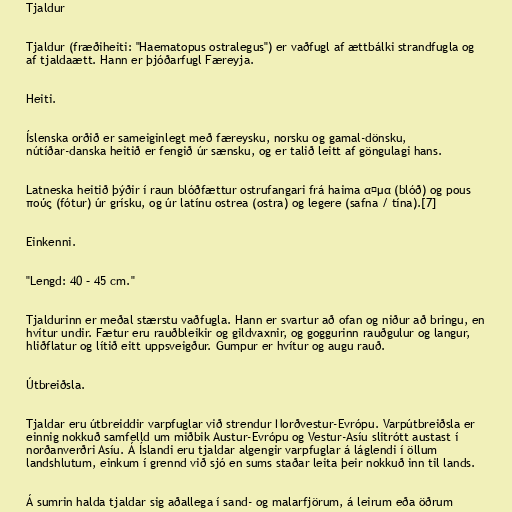
Tjaldur

Tjaldur (fræðiheiti: "Haematopus ostralegus") er vaðfugl af ættbálki strandfugla og
af tjaldaætt. Hann er þjóðarfugl Færeyja.

Heiti.

Íslenska orðið er sameiginlegt með færeysku, norsku og gamal-dönsku,
nútíðar-danska heitið er fengið úr sænsku, og er talið leitt af göngulagi hans.

Latneska heitið þýðir í raun blóðfættur ostrufangari frá haima αἳμα (blóð) og pous
πούς (fótur) úr grísku, og úr latínu ostrea (ostra) og legere (safna / tína).[7]

Einkenni.

"Lengd: 40 – 45 cm."

Tjaldurinn er meðal stærstu vaðfugla. Hann er svartur að ofan og niður að bringu, en
hvítur undir. Fætur eru rauðbleikir og gildvaxnir, og goggurinn rauðgulur og langur,
hliðflatur og lítið eitt uppsveigður. Gumpur er hvítur og augu rauð.

Útbreiðsla.

Tjaldar eru útbreiddir varpfuglar við strendur Norðvestur-Evrópu. Varpútbreiðsla er
einnig nokkuð samfelld um miðbik Austur-Evrópu og Vestur-Asíu slitrótt austast í
norðanverðri Asíu. Á Íslandi eru tjaldar algengir varpfuglar á láglendi í öllum
landshlutum, einkum í grennd við sjó en sums staðar leita þeir nokkuð inn til lands.

Á sumrin halda tjaldar sig aðallega í sand- og malarfjörum, á leirum eða öðrum